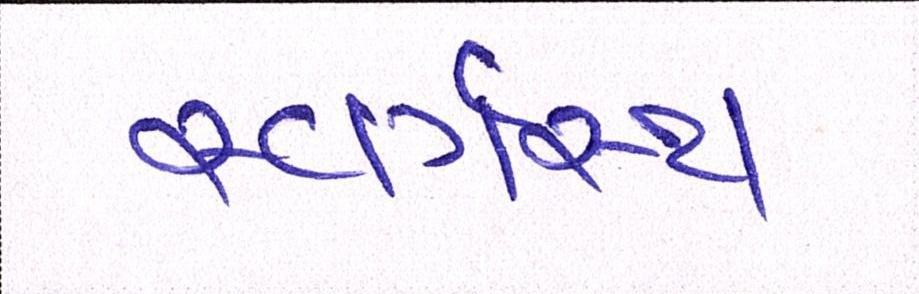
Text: સ્વર્ગસ્થ